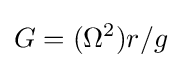
G=(\Omega ^{2})r/g